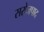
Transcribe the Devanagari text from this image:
सरोजपाद